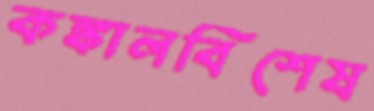
কঙ্কালবিশেষ